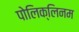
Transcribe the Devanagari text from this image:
पोलिक्लिनम